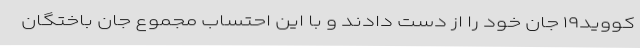
کووید۱۹ جان خود را از دست دادند و با این احتساب مجموع جان باختگان